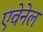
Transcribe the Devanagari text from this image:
एवेनेल